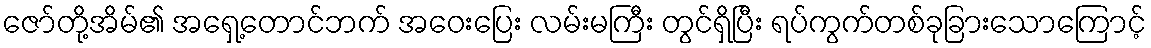
ဇော်တို့အိမ်၏ အရှေ့တောင်ဘက် အဝေးပြေး လမ်းမကြီး တွင်ရှိပြီး ရပ်ကွက်တစ်ခုခြားသောကြောင့်